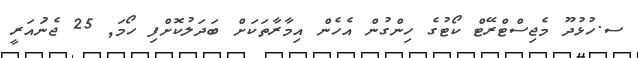
ސ.ހުޅުދޫ މެޖިސްޓްރޭޓް ކޯޓުގެ ހިންގުން އެހެން އިމާރާތަކަށް ބަދަލުކޮށްފި ހޯމަ